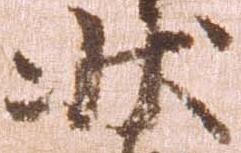
状